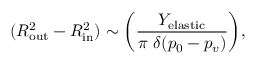
( R _ { \mathrm { o u t } } ^ { 2 } - R _ { \mathrm { i n } } ^ { 2 } ) \sim \bigg ( \frac { Y _ { \mathrm { e l a s t i c } } } { \pi ~ \delta ( p _ { 0 } - p _ { v } ) } \bigg ) ,